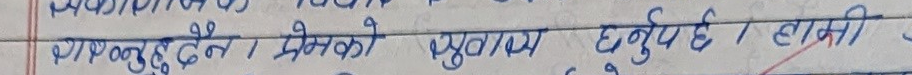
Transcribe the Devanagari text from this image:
थाल्नु हुदैन। भनेको पुतालय छनुपर्छ। हामी